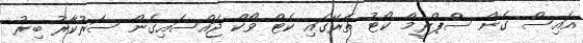
އައިސް ގެން ސްޕްރީމް ކޯޓު ތެރޭގައި ކެޓް ވޯކް ޖައްސައިގެން ސަރުކާރު ބިރު